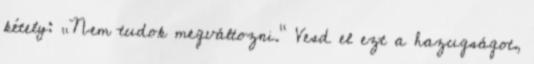
kétely: „Nem tudok megváltozni.” Vesd el ezt a hazugságot,